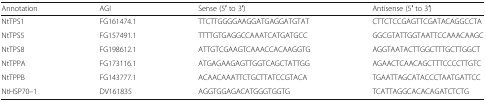
<table><thead><tr><td><b>Annotation</b></td><td><b>AGI</b></td><td><b>Sense (5′ to 3′)</b></td><td><b>Antisense (5′ to 3′)</b></td></tr></thead><tbody><tr><td>NtTPS1</td><td>FG161474.1</td><td>TTCTTGGGGAAGGATGAGGATGTAT</td><td>CTTCTCCGAGTTCGATACAGGCCTA</td></tr><tr><td>NtTPS5</td><td>FG157491.1</td><td>TTTTGTGAGGCCAAATCATGATGCC</td><td>GGCGTATTGGTAATTCCAAACAAGC</td></tr><tr><td>NtTPS8</td><td>FG198612.1</td><td>ATTGTCGAAGTCAAACCACAAGGTG</td><td>AGGTAATACTTGGCTTTGCTTGGCT</td></tr><tr><td>NtTPPA</td><td>FG173116.1</td><td>ATGAGAAGAGTTGGTCAGCTATTGG</td><td>AGAACTCAACAGCTTTCCCCTTGTC</td></tr><tr><td>NtTPPB</td><td>FG143777.1</td><td>ACAACAAATTCTGCTTATCCGTACA</td><td>TGAATTAGCATACCCTAATGATTCC</td></tr><tr><td>NtHSP70–1</td><td>DV161835</td><td>AGGTGGAGACATGGGTGGTG</td><td>TCATTAGGCACACAGATCTCTG</td></tr></tbody></table>